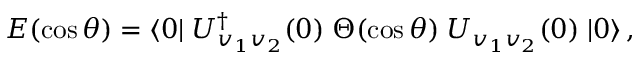
{ \cal E } ( \cos \theta ) = \langle 0 | \; U _ { v _ { 1 } v _ { 2 } } ^ { \dagger } ( 0 ) \; \Theta ( \cos \theta ) \; U _ { v _ { 1 } v _ { 2 } } ( 0 ) \; | 0 \rangle \, ,